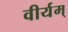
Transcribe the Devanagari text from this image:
वीर्यम्